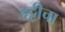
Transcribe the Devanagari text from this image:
हट्टीचा